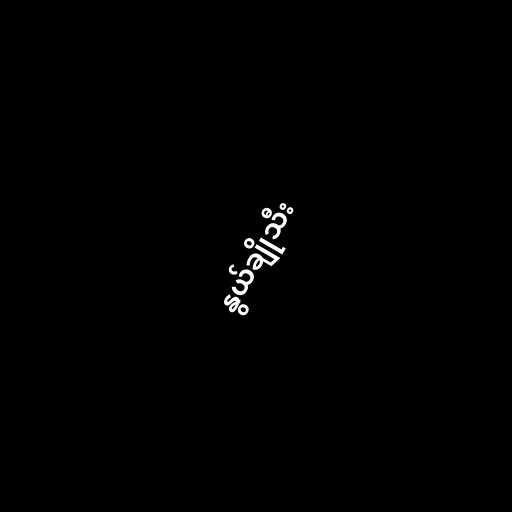
နွယ်ချိုသီး